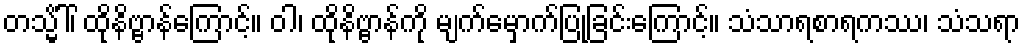
တသ္မိံါ်၊ ထိုနိဗ္ဗာန်ကြောင့်။ ဝါ၊ ထိုနိဗ္ဗာန်ကို မျက်မှောက်ပြုခြင်းကြောင့်။ သံသာရစာရကဿ၊ သံသရာ